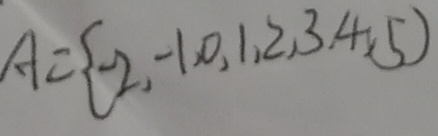
A = \{ - 2 , - 1 , 0 , 1 , 2 , 3 , 4 , 5 \}